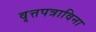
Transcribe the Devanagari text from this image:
वृत्तपत्राविना